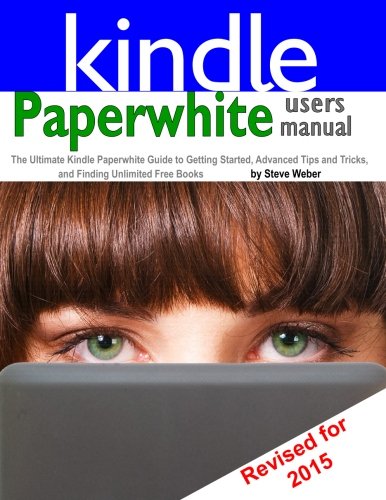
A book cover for Paperwhite Users Manual: The Ultimate Kindle Paperwhite Guide to Getting Started, Advanced Tips and Tricks, and Finding Unlimited Free Books; Steve Weber; Computers & Technology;